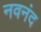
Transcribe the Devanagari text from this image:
नवनंद